Scottish Certificate of Education, 1962
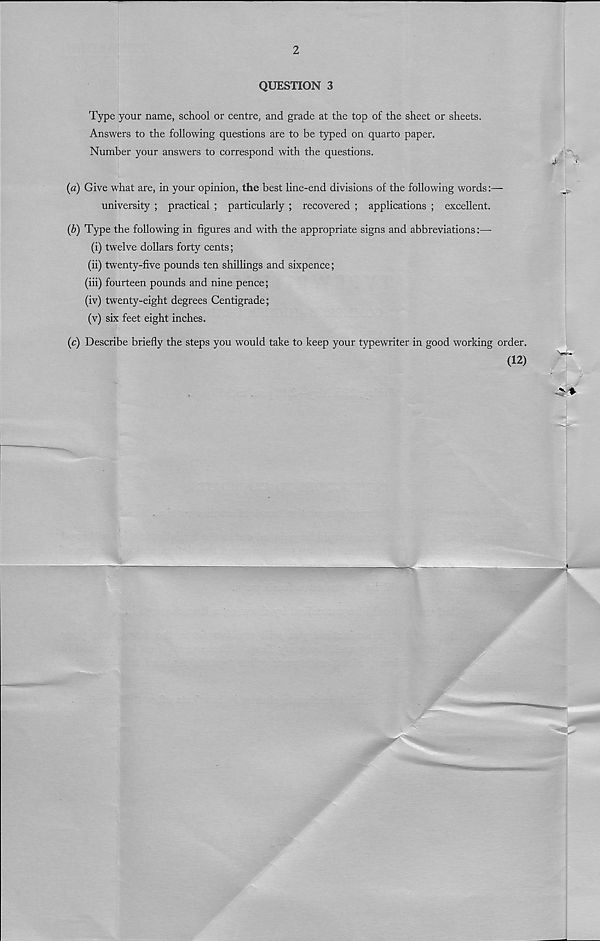
2
QUESTION 3
Type your name, school or centre, and grade at the top of the sheet or sheets.
Answers to the following questions are to be typed on quarto paper.
Number your answers to correspond with the questions.
(a) Give what are, in your opinion, the best line-end divisions of the following words:—-
university ; practical ; particularly ; recovered ; applications ; excellent.
(b) Type the following in figures and with the appropriate signs and abbreviations:—
(i) twelve dollars forty cents;
(ii) twenty-five pounds ten shillings and sixpence;
(iii) fourteen pounds and nine pence;
(iv) twenty-eight degrees Centigrade;
(v) six feet eight inches.
(c) Describe briefly the steps you would take to keep your typewriter in good working order.
(12)